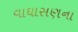
વાઘાસણના